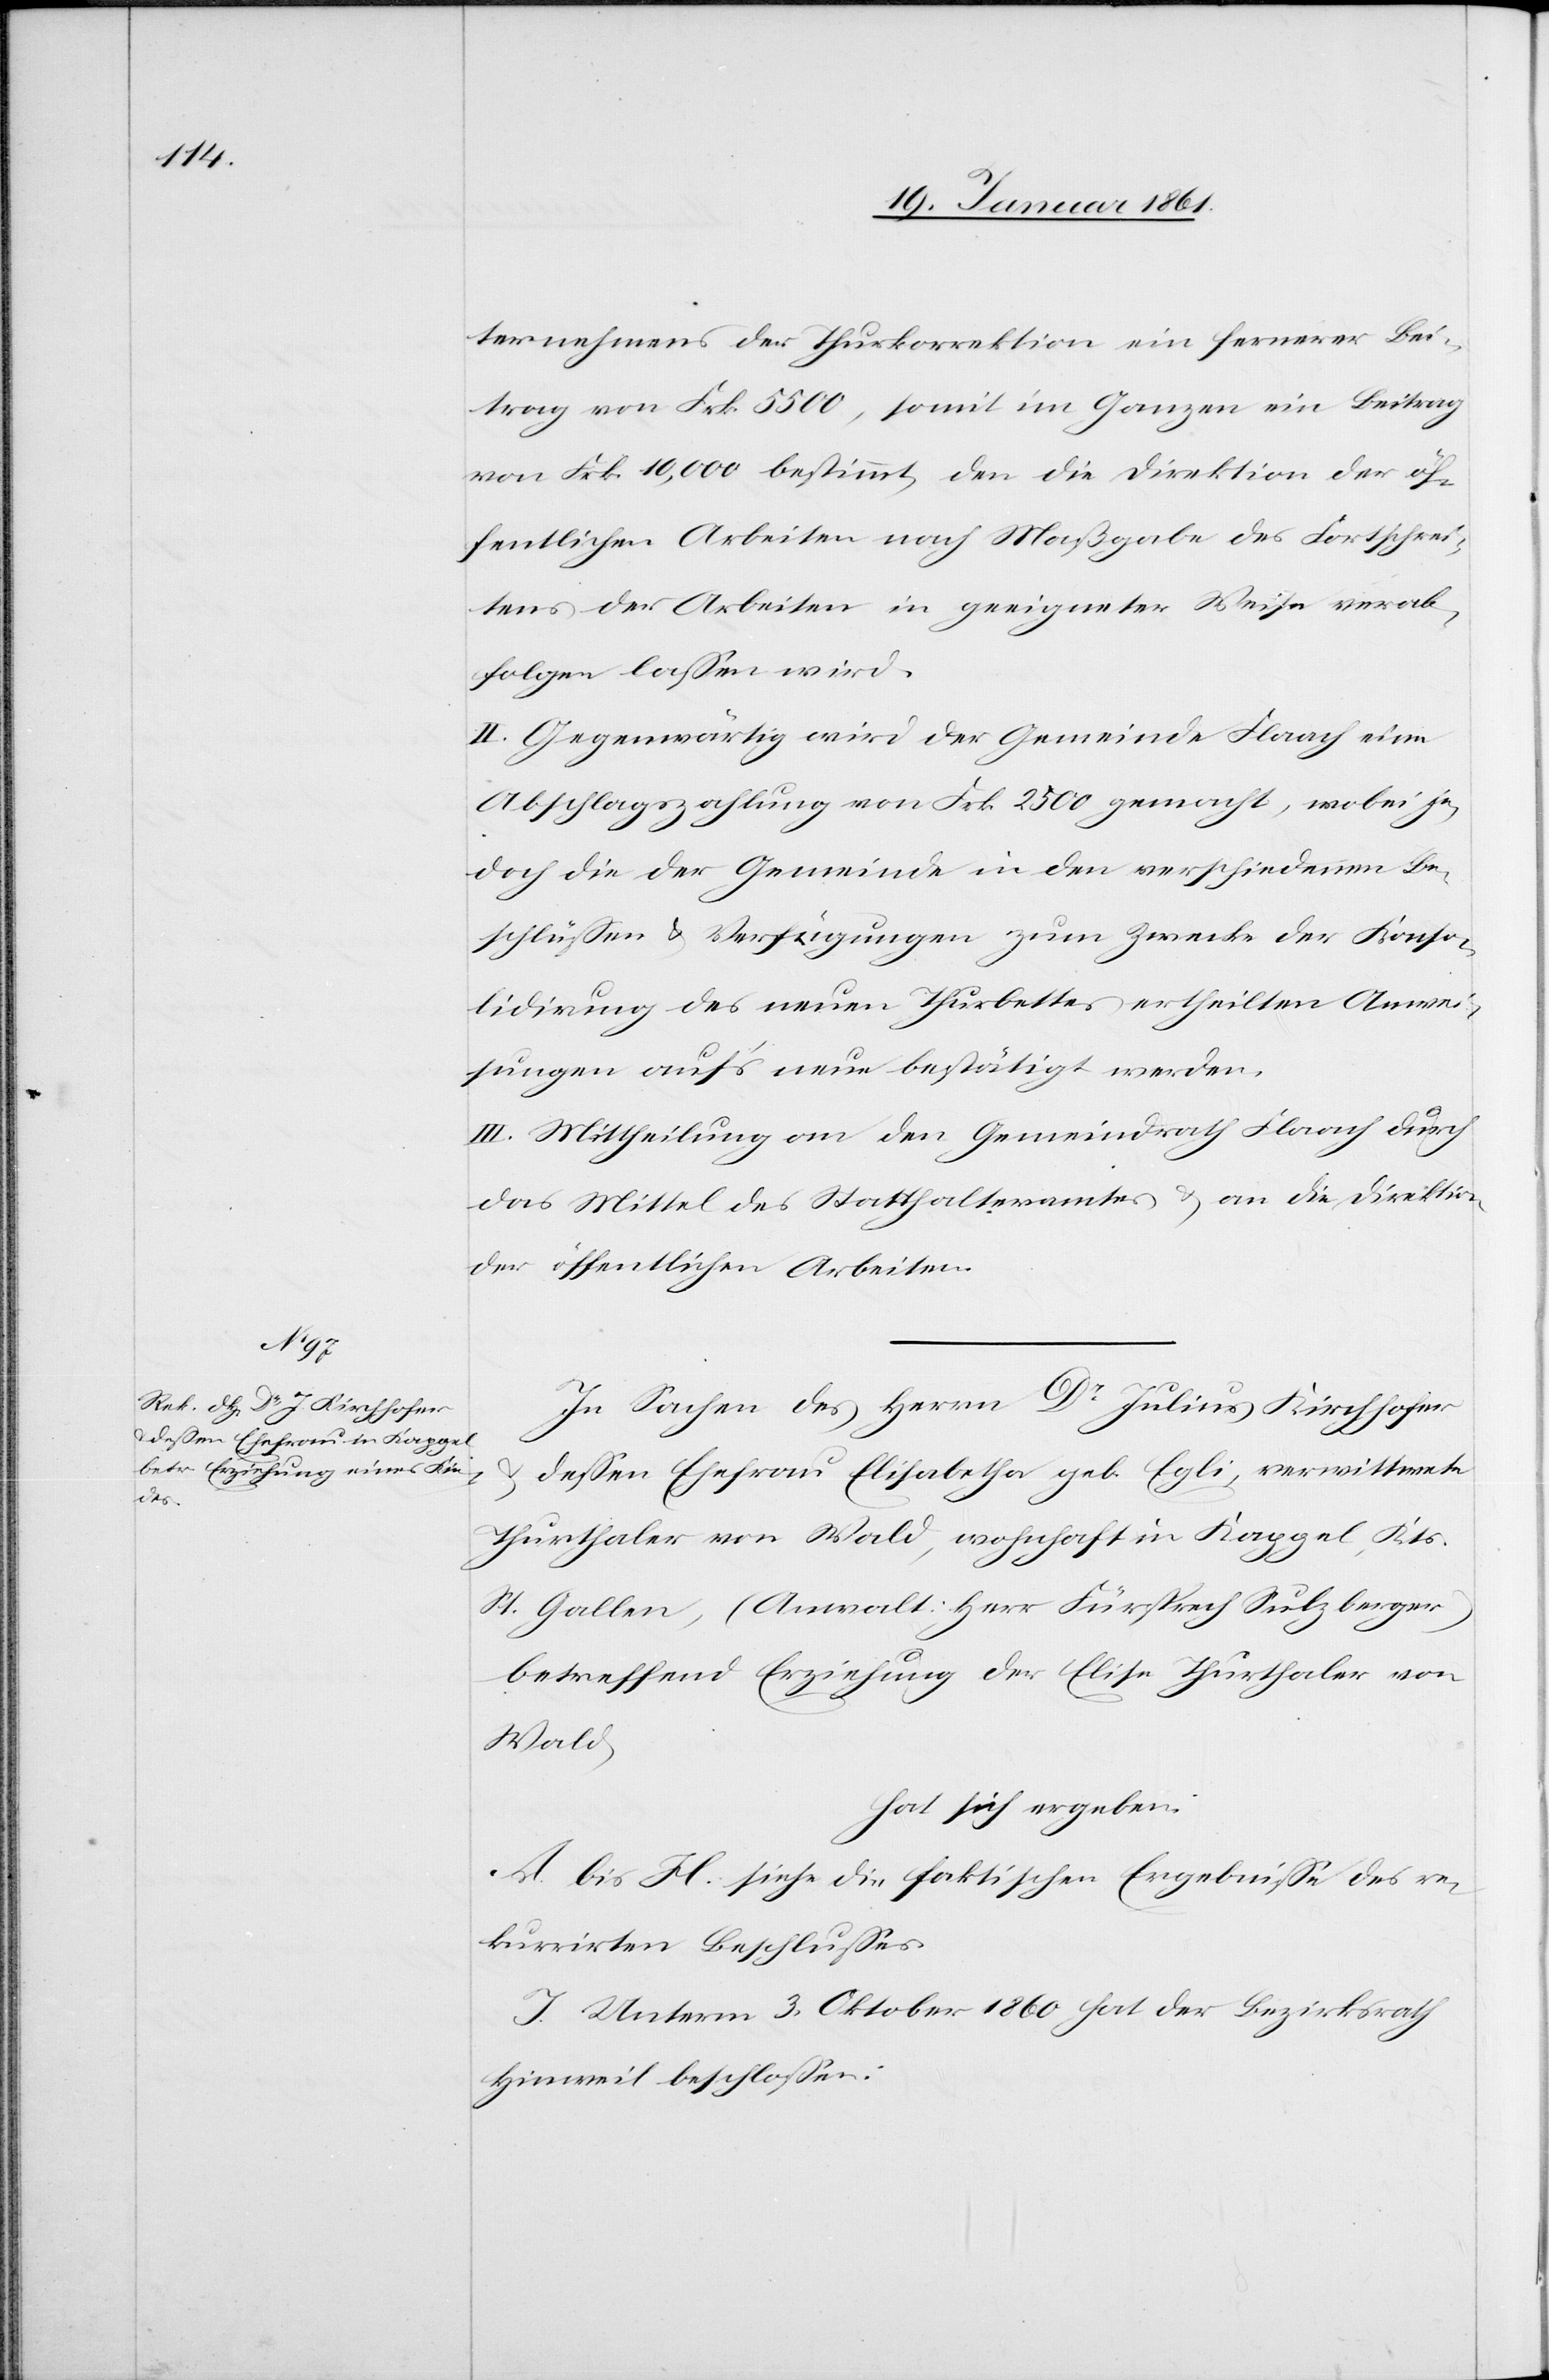
ternehmens der Thurkorrektion ein fernerer Bei¬
trag von Frk. 5500, somit im Ganzen ein Beitrag
von Frk. 10,000 bestimmt, den die Direktion der öf¬
fentlichen Arbeiten nach Maßgabe des Fortschrei¬
tens der Arbeiten in geeigneter Weise verab¬
folgen lassen wird.
II. Gegenwärtig wird der Gemeinde Flaach eine
Abschlagszahlung von Frk. 2500 gemacht, wobei j¬
edoch die der Gemeinde in den verschiedenen Be¬
schlüssen u. Verfügungen zum Zwecke der Konso¬
lidirung des neuen Thurbettes ertheilten Anwei¬
sungen auf’s neue bestätigt werden.
III. Mittheilung an den Gemeindrath Flaach durch
das Mittel des Statthalteramtes u. an die Direktion
der öffentlichen Arbeiten.
In Sachen des Herrn Dr. Julius Kirchhofer
u. dessen Ehefrau Elisabetha geb. Egli, verwittwete
Thurthaler von Wald, wohnhaft in Kappel, Kts.
St. Gallen, (Anwalt: Herr Fürsprech Sulzberger)
betreffend Erziehung der Elise Thurthaler von
Wald,
hat sich ergeben:
A. bis H. siehe die faktischen Ergebnisse des re¬
kurrirten Beschlusses
I. Unterm 3. Oktober 1860 hat der Bezirksrath
Hinweil beschlossen: